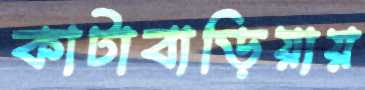
কাটাবাড়িয়ায়